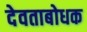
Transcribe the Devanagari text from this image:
देवताबोधक